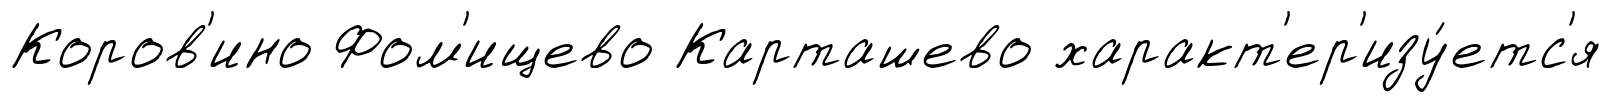
Коров'ино Фом'ищево Карташево характ'ер'изу́етс'я